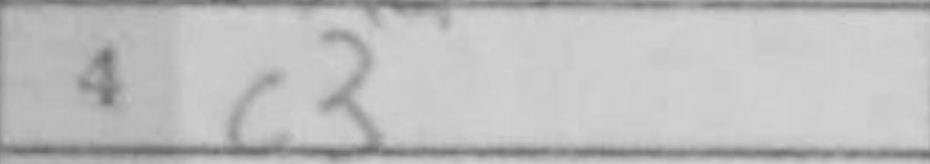
Transcription: c3